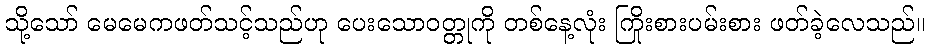
သို့သော် မေမေကဖတ်သင့်သည်ဟု ပေးသောဝတ္တုကို တစ်နေ့လုံး ကြိုးစားပမ်းစား ဖတ်ခဲ့လေသည်။